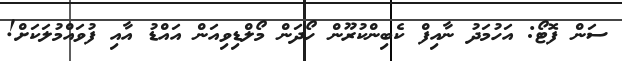
ސަން ފޮޓޯ: އަހުމަދު ނާއިފް ކެބިންކުރޫން ހޯދަން މޯލްޑިވިއަން އައްޑު އާއި ފުވައްމުލަކަށް!